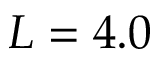
L = 4 . 0